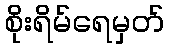
စိုးရိမ်ရေမှတ်